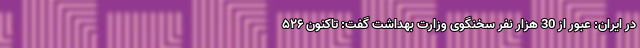
در ایران: عبور از 30 هزار نفر سخنگوی وزارت بهداشت گفت: تاکنون ۵۲۶